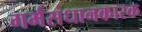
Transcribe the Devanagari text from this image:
गर्भसंधानकारक